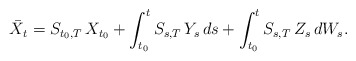
\begin{align*} \bar{X}_t= S_{ t_0, T } \, X_{ t_0 } + \int_{ t_0 }^t S_{ s, T } \, Y_s \, ds + \int_{ t_0 }^t S_{ s, T } \, Z_s \, dW_s .\end{align*}